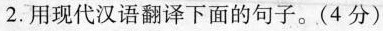
2. 用现代汉语翻译下面的句子。(4分)